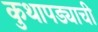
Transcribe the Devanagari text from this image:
कुथापड्याची